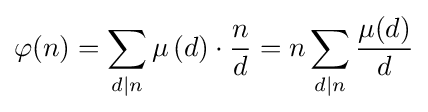
\varphi (n)=\sum _{d\mid n}\mu \left(d\right)\cdot {\frac {n}{d}}=n\sum _{d\mid n}{\frac {\mu (d)}{d}}